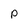
Character: p